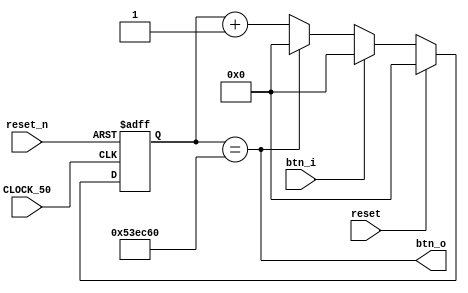
module pass_counter(

	input 	CLOCK_50,
	input 	reset_n,
	input 	btn_i,
	input 	reset,
	
	output 	btn_o
	
);
	
	reg [22:0] counter;
	
	
	always @(posedge CLOCK_50,negedge reset_n) begin
		if(!reset_n) counter <= 23'd0;
		else begin
			if(reset)	begin
				counter <= 23'd0;
			end
			else if(!btn_i) begin
				if(counter == 23'd5_500_000)	counter <= 23'd0;
				else counter <= counter + 23'd1;
			end
			else begin
				counter <= 23'd0;
			end
		end
	end
	
	assign btn_o = (counter == 23'd5_500_000);
	
endmodule